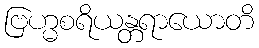
ဗြဟ္မစရိယန္တရာယောတိ